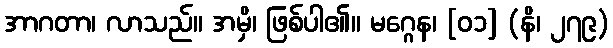
အာဂတာ၊ လာသည်။ အမှိ၊ ဖြစ်ပါ၏။ မဂ္ဂေန၊ [၀၁] (နိ၊ ၂၇၉)